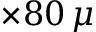
\times 8 0 \, \mu